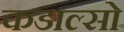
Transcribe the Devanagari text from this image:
कडाल्सो